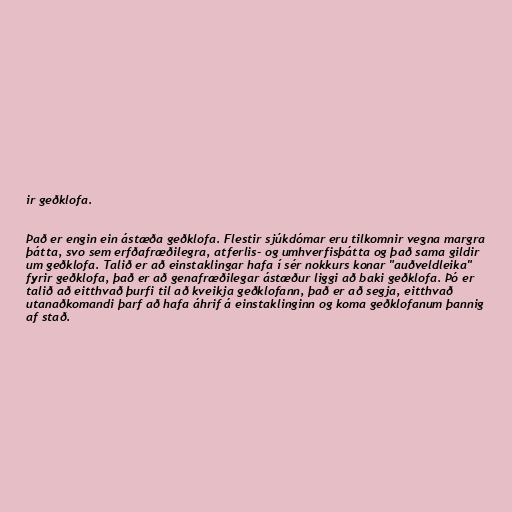
ir geðklofa.

Það er engin ein ástæða geðklofa. Flestir sjúkdómar eru tilkomnir vegna margra
þátta, svo sem erfðafræðilegra, atferlis- og umhverfisþátta og það sama gildir
um geðklofa. Talið er að einstaklingar hafa í sér nokkurs konar "auðveldleika"
fyrir geðklofa, það er að genafræðilegar ástæður liggi að baki geðklofa. Þó er
talið að eitthvað þurfi til að kveikja geðklofann, það er að segja, eitthvað
utanaðkomandi þarf að hafa áhrif á einstaklinginn og koma geðklofanum þannig
af stað.